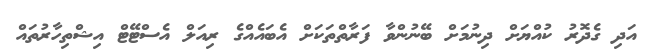
އަދި ގެދޮރު ކުއްޔަށް ދިނުމަށް ބޭނުންވާ ފަރާތްތަކަށް އެބައެއްގެ ރިއަލް އެސްޓޭޓް އިޝްތިހާރުތައް